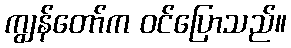
ကျွန်တော်က ဝင်ပြောသည်။